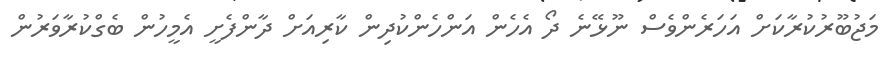
މަޖުބޫރުކުރާކަށް އަހަރެންވެސް ނޫޅޭނެ ދޯ އެހެން އަންހެންކުދިން ކާރިއަށް ދާންފެށީ އެމީހުން ބެގްކުރާވަރުން